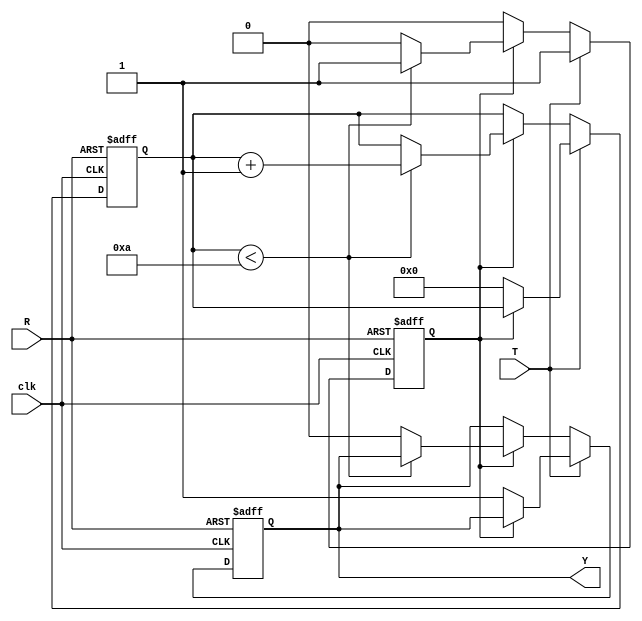
module HoldCondition (
    input wire T,        // Trigger Input
    input wire R,        // Reset Input
    input wire clk,      // Clock Input for timing
    output reg Y         // Hold Output
);

    parameter H = 10;    // Hold Time in clock cycles (adjust as needed)
    
    reg [3:0] hold_counter; // Counter to track hold duration
    reg hold_active;         // Flag to indicate if hold is active

    always @(posedge clk or posedge R) begin
        if (R) begin
            Y <= 1'b0;       // Reset the output to predefined state (0)
            hold_active <= 1'b0; // Clear hold active state
            hold_counter <= 0;  // Reset counter
        end else if (T) begin
            if (!hold_active) begin
                Y <= 1'b1;    // Capture current state (assumed to be 1 for example)
                hold_active <= 1'b1; // Activate hold condition
                hold_counter <= 0; // Reset counter
            end
        end else if (hold_active) begin
            if (hold_counter < H) begin
                hold_counter <= hold_counter + 1; // Increment counter during hold
            end else begin
                Y <= 1'b0;   // Return to default state after hold duration
                hold_active <= 1'b0; // Deactivate hold
            end
        end
    end
endmodule